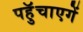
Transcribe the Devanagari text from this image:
पहुॅचाएगें